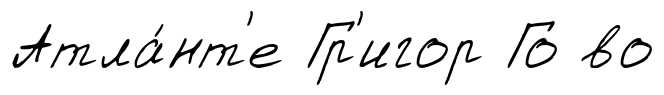
Атла́нт'е Гр'игор Го во